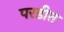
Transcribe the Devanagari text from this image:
परडीत